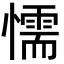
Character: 懦